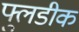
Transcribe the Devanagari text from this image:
फ्लुडीक